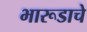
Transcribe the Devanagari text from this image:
भारूडाचे